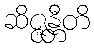
ဆိဇ္ဇန္တီတိ